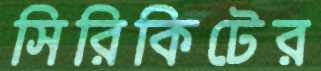
সিরিকিটের